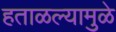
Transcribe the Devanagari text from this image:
हताळल्यामुळे